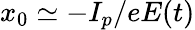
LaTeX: x_{0}\simeq-I_{p}/eE(t)